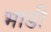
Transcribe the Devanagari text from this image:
भाडीं